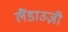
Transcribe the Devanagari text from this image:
लैंडाउज़ी